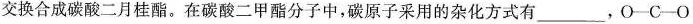
交换合成碳酸二月桂酯。在碳酸二甲酯分子中，碳原子采用的杂化方式有___，O—C—O